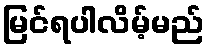
မြင်ရပါလိမ့်မည်